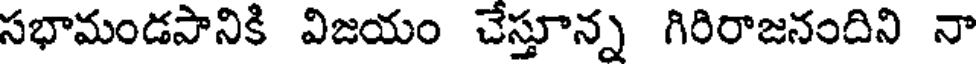
సభామండపానికి విజయం చేస్తూన్న గిరిరాజనందిని నా